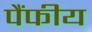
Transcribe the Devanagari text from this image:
पैंफीय